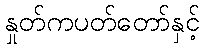
နှုတ်ကပတ်တော်နှင့်